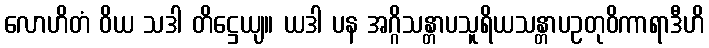
လောဟိတံ ဝိယ သဒါ တိဋ္ဌေယျ။ ယဒါ ပန အဂ္ဂိသန္တာပသူရိယသန္တာပဥတုဝိကာရာဒီဟိ